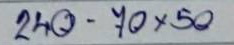
240 - 70x50